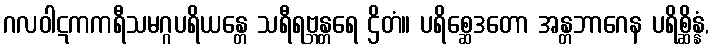
ဂလဝါဋကကရီသမဂ္ဂပရိယန္တေ သရီရဗ္ဘန္တရေ ဌိတံ။ ပရိစ္ဆေဒတော အန္တဘာဂေန ပရိစ္ဆိန္နံ,